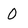
Character: 0